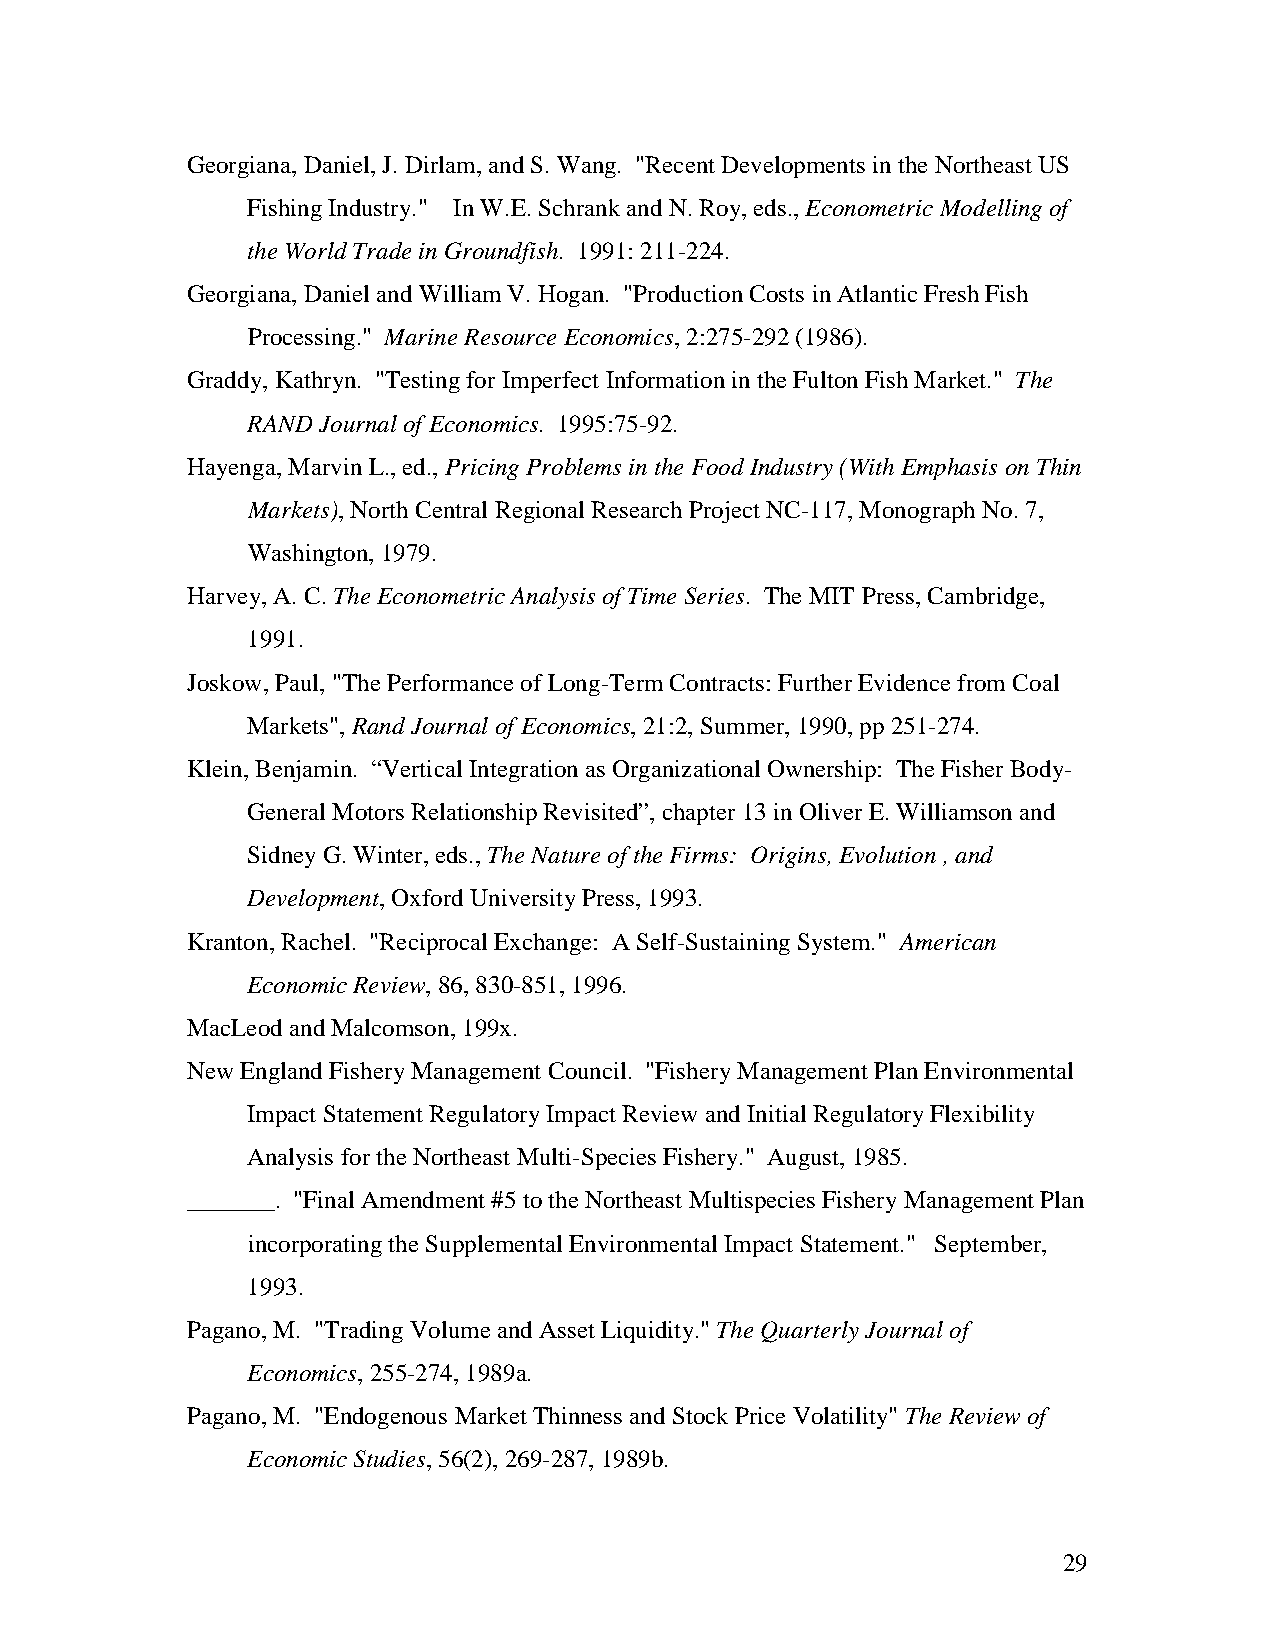
Georgiana, Daniel, J. Dirlam, and S. Wang. "Recent Developments in the Northeast US
 Fishing Industry." In W.E. Schrank and N. Roy, eds., Econometric Modelling of
 the World Trade in Groundfish. 1991: 211-224.
 Georgiana, Daniel and William V. Hogan. "Production Costs in Atlantic Fresh Fish
 Processing." Marine Resource Economics, 2:275-292 (1986).
 Graddy, Kathryn. "Testing for Imperfect Information in the Fulton Fish Market." The
 RAND Journal of Economics. 1995:75-92.
 Hayenga, Marvin L., ed., Pricing Problems in the Food Industry (With Emphasis on Thin
 Markets), North Central Regional Research Project NC-117, Monograph No. 7,
 Washington, 1979.
 Harvey, A. C. The Econometric Analysis of Time Series. The MIT Press, Cambridge,
 1991.
 Joskow, Paul, "The Performance of Long-Term Contracts: Further Evidence from Coal
 Markets", Rand Journal of Economics, 21:2, Summer, 1990, pp 251-274.
 Klein, Benjamin. “Vertical Integration as Organizational Ownership: The Fisher Body-
 General Motors Relationship Revisited”, chapter 13 in Oliver E. Williamson and
 Sidney G. Winter, eds., The Nature of the Firms: Origins, Evolution , and
 Development, Oxford University Press, 1993.
 Kranton, Rachel. "Reciprocal Exchange: A Self-Sustaining System." American
 Economic Review, 86, 830-851, 1996.
 MacLeod and Malcomson, 199x.
 New England Fishery Management Council. "Fishery Management Plan Environmental
 Impact Statement Regulatory Impact Review and Initial Regulatory Flexibility
 Analysis for the Northeast Multi-Species Fishery." August, 1985.
 _______. "Final Amendment #5 to the Northeast Multispecies Fishery Management Plan
 incorporating the Supplemental Environmental Impact Statement." September,
 1993.
 Pagano, M. "Trading Volume and Asset Liquidity." The Quarterly Journal of
 Economics, 255-274, 1989a.
 Pagano, M. "Endogenous Market Thinness and Stock Price Volatility" The Review of
 Economic Studies, 56(2), 269-287, 1989b.
 29